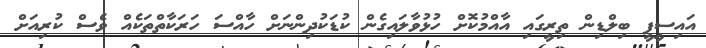
އައިސީޕީ ބިލްޑިން ތިރީގައި އާއްމުކޮށް ހުޅުވާލައިގެން ކުޑަކުދިންނަށް ހާއްސަ ހަރަކާތްތަކެއް ވެސް ކުރިއަށް